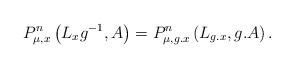
LaTeX: \begin{align*}P_{\mu,x}^{n}\left(L_{x}g^{-1},A\right)=P_{\mu,g.x}^{n}\left(L_{g.x},g.A\right).\end{align*}